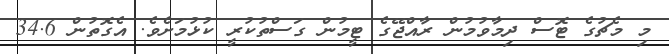
މި މެޗުގެ ޓޮސް ދިމާވުމުން ރާއްޖޭގެ ޓީމުން ގަސްތުކުރީ ކުޅުމަށެވެ. އެގޮތުން 34.6